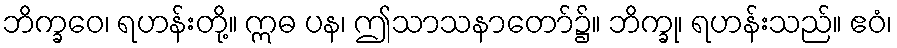
ဘိက္ခဝေ၊ ရဟန်းတို့။ ဣဓ ပန၊ ဤသာသနာတော်၌။ ဘိက္ခု၊ ရဟန်းသည်။ ဧဝံ၊